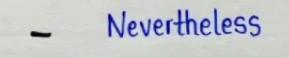
-         Nevertheless